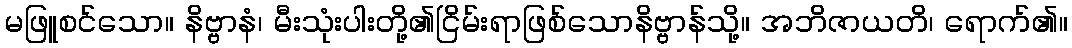
မဖြူစင်သော။ နိဗ္ဗာနံ၊ မီးသုံးပါးတို့၏ငြိမ်းရာဖြစ်သောနိဗ္ဗာန်သို့။ အဘိဇာယတိ၊ ရောက်၏။